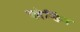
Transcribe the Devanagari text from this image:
ब्लेन्डिंग